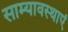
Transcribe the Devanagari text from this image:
साम्यावस्थाएं